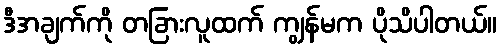
ဒီအချက်ကို တခြားလူထက် ကျွန်မက ပိုသိပါတယ်။